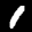
Label: 1